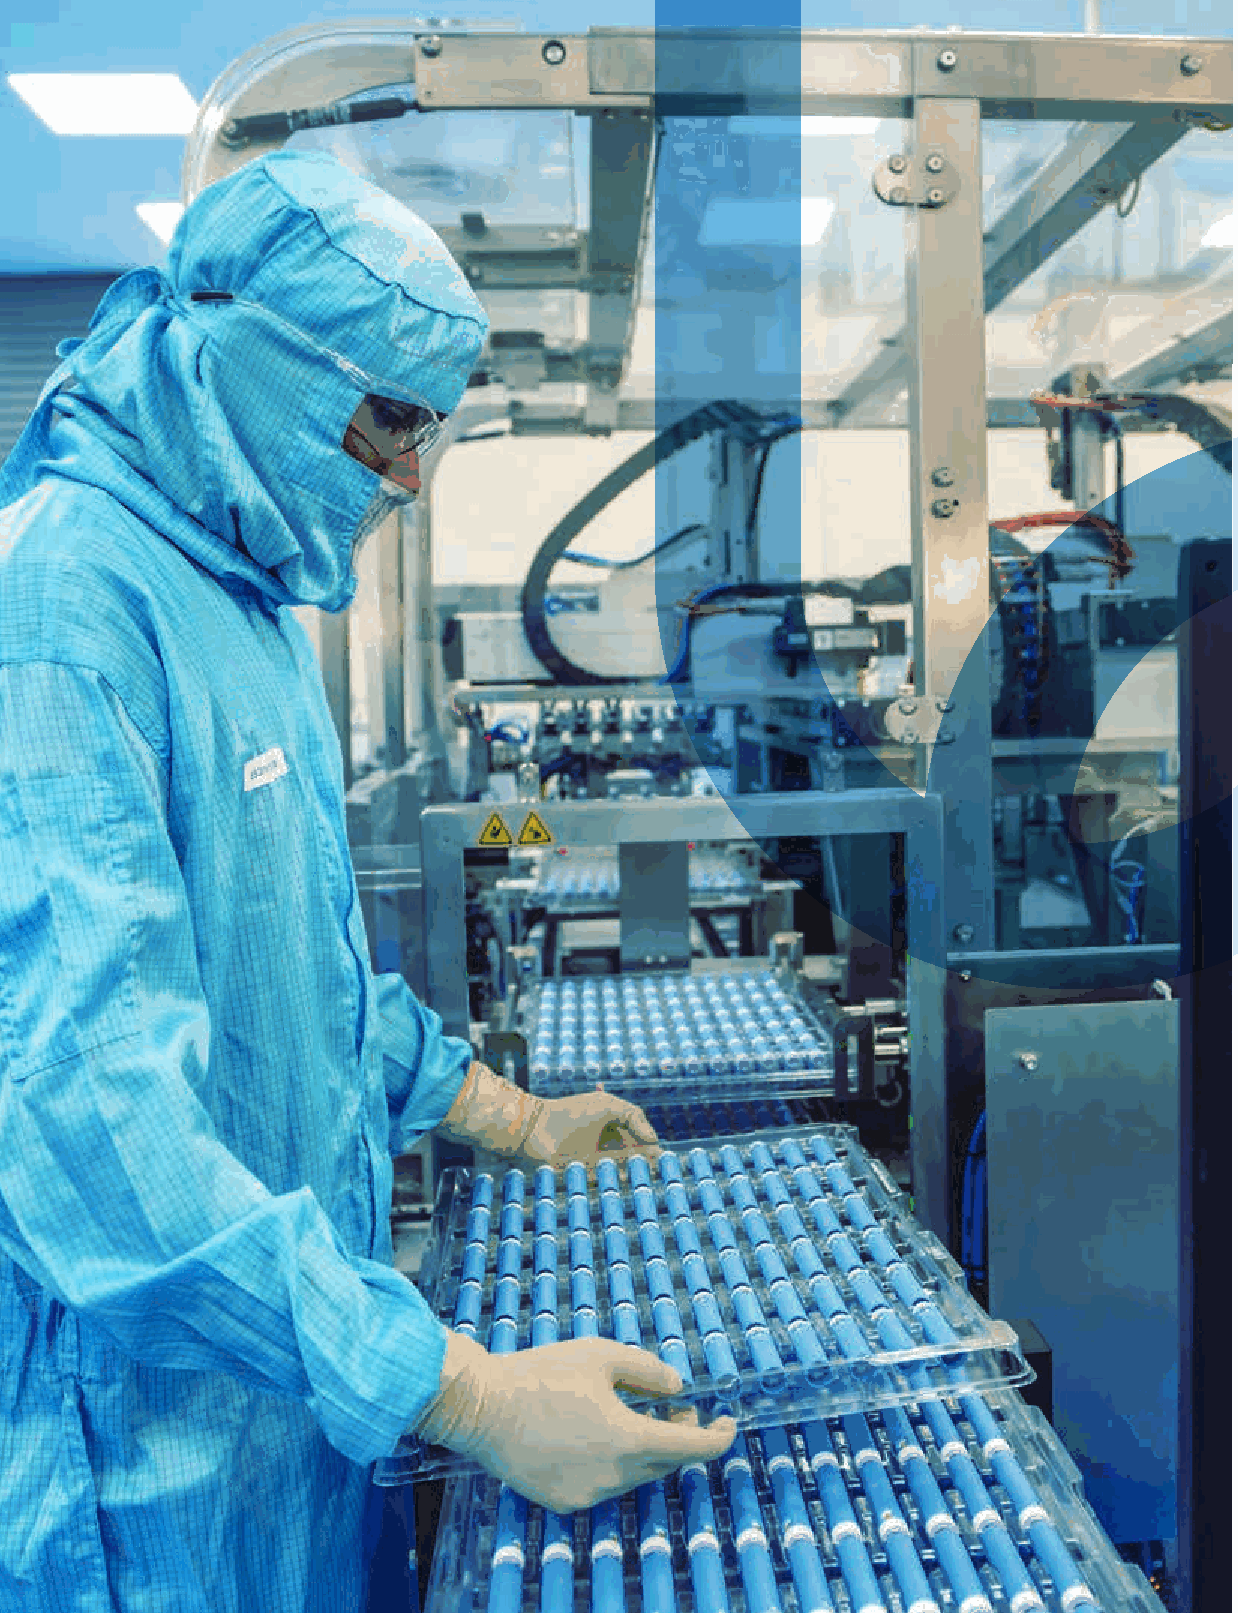
Biocon Limited
 2    UNWAVERING PURPOSE                                  ANNUAL REPORT 2021